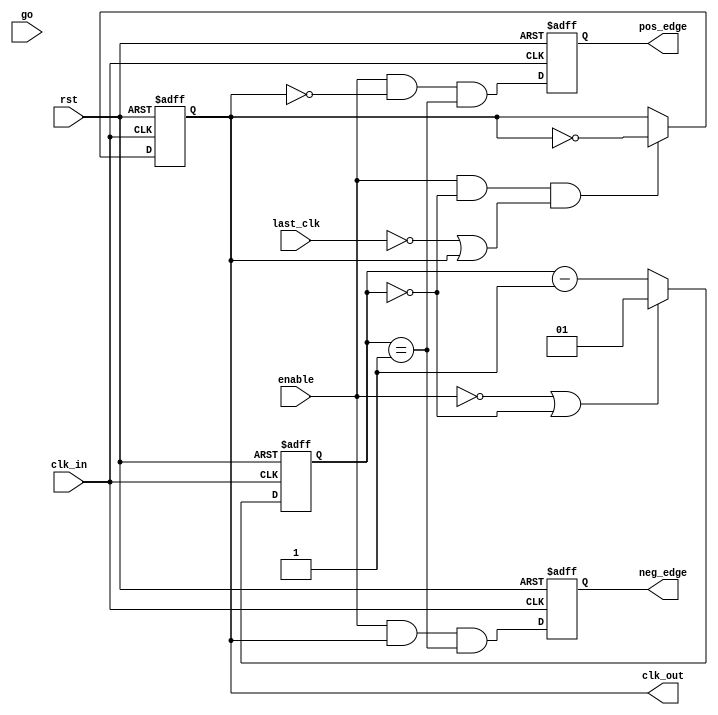
module spi_flash_clgen (clk_in, rst, go, enable, last_clk, clk_out, pos_edge, neg_edge); 
   
   parameter divider_len = 2;
   parameter divider = 1;
   
   parameter Tp = 1;
   
   input                            clk_in;   // input clock (system clock)
   input                            rst;      // reset
   input                            enable;   // clock enable
   input                            go;       // start transfer
   input                            last_clk; // last clock
   //input [spi_divider_len-1:0]     divider;  // clock divider (output clock is divided by this value)
   output                           clk_out;  // output clock
   output                           pos_edge; // pulse marking positive edge of clk_out
   output                           neg_edge; // pulse marking negative edge of clk_out
   
   reg                              clk_out;
   reg                              pos_edge;
   reg                              neg_edge;
   
   reg [divider_len-1:0] 	    cnt;      // clock counter 
   wire                             cnt_zero; // conter is equal to zero
   wire                             cnt_one;  // conter is equal to one
   
   
   assign cnt_zero = cnt == {divider_len{1'b0}};
   assign cnt_one  = cnt == {{divider_len-1{1'b0}}, 1'b1};
   
   // Counter counts half period
   always @(posedge clk_in or posedge rst)
     begin
	if(rst)
	  cnt <= #Tp {divider_len{1'b1}};
	else
	  begin
             if(!enable || cnt_zero)
               cnt <= #Tp divider;
             else
               cnt <= #Tp cnt - {{divider_len-1{1'b0}}, 1'b1};
	  end
     end
   
   // clk_out is asserted every other half period
   always @(posedge clk_in or posedge rst)
     begin
	if(rst)
	  clk_out <= #Tp 1'b0;
	else
	  clk_out <= #Tp (enable && cnt_zero && (!last_clk || clk_out)) ? ~clk_out : clk_out;
     end
   
   // Pos and neg edge signals
   always @(posedge clk_in or posedge rst)
     begin
	if(rst)
	  begin
             pos_edge  <= #Tp 1'b0;
             neg_edge  <= #Tp 1'b0;
	  end
	else
	  begin
             pos_edge  <= #Tp (enable && !clk_out && cnt_one) || (!(|divider) && clk_out) || (!(|divider) && go && !enable);
             neg_edge  <= #Tp (enable && clk_out && cnt_one) || (!(|divider) && !clk_out && enable);
	  end
     end
endmodule